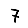
Digit: 7